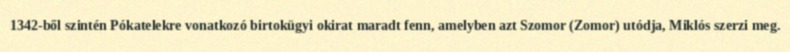
1342-ből szintén Pókatelekre vonatkozó birtokügyi okirat maradt fenn, amelyben azt Szomor (Zomor) utódja, Miklós szerzi meg.